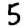
Digit: 5